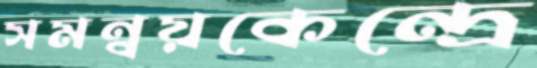
সমন্বয়কেন্দ্রে